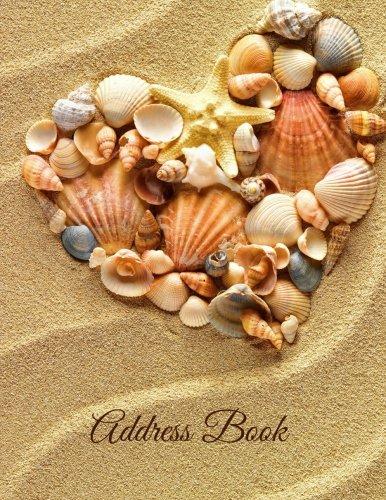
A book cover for Address Book (Extra Large Paperback Address Books-Summer Series) (Volume 76); Creative Planners; Business & Money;